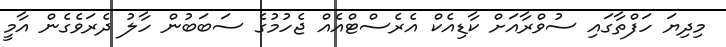
މިދިޔަ ހަފްތާގައި ސުވްރާއަށް ކާޑިއެކް އެެރެސްޓްއެއް ޖެހުމުގެ ސަބަބުން ހާލު ދެރަވެގެން އާމީ